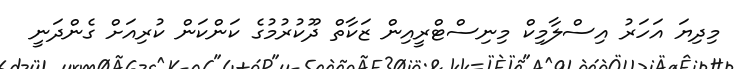
މިދިޔަ އަހަރު އިސްލާމިކް މިނިސްޓްރީއިން ޒަކާތް ދޫކުރުމުގެ ކަންކަން ކުރިއަށް ގެންދަނީ